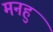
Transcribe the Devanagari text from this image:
मनहु